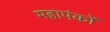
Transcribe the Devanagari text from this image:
महापंकों